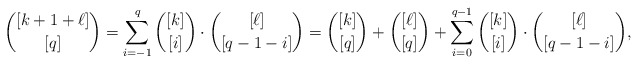
\begin{align*}{[k+1+\ell]\choose[q]}=\sum_{i=-1}^{q}{[k]\choose[i]}\cdot{[\ell]\choose[q-1-i]}={[k]\choose[q]}+{[\ell]\choose[q]}+\sum_{i=0}^{q-1}{[k]\choose[i]}\cdot{[\ell]\choose[q-1-i]},\end{align*}